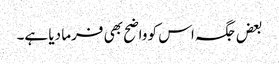
بعض جگہ اس کو واضح بھی فرما دیا ہے۔